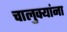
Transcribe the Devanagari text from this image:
चालुक्यांना